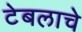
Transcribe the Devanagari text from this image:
टेबलाचे